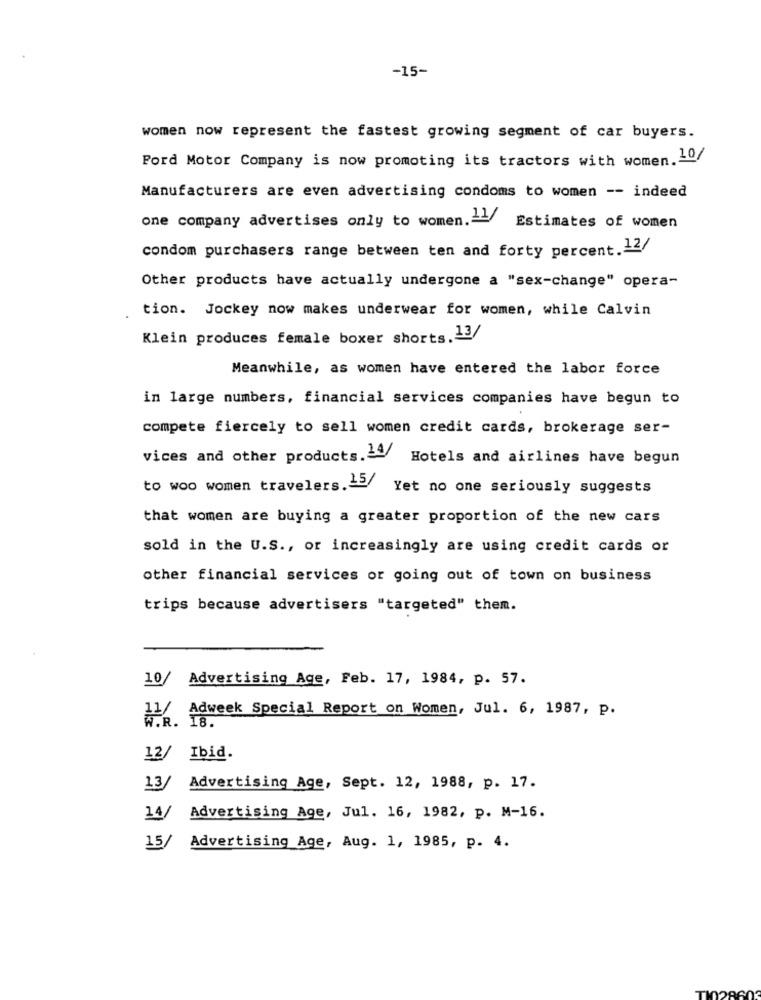
-15-
women now represent the fastest growing segment of car buyers.
Ford Motor Company is now promoting its tractors with women. 10/
Manufacturers are even advertising condoms to women -- indeed
one company advertises only to women .= Estimates of women
condom purchasers range between ten and forty percent.12/
Other products have actually undergone a "sex-change" opera-
tion. Jockey now makes underwear for women, while Calvin
Klein produces female boxer shorts.13/
Meanwhile, as women have entered the labor force
in large numbers, financial services companies have begun to
compete fiercely to sell women credit cards, brokerage ser-
vices and other products.ª Hotels and airlines have begun
to woo women travelers.45 Yet no one seriously suggests
that women are buying a greater proportion of the new cars
sold in the U.S ., or increasingly are using credit cards or
other financial services or going out of town on business
trips because advertisers "targeted" them.
10/ Advertising Age, Feb. 17, 1984, p. 57.
Adweek Special Report on Women, Jul. 6, 1987, P.
11/
W.R. 18.
12/ Ibid.
13/
Advertising Age, Sept. 12, 1988, p. 17.
14/
Advertising Age, Jul. 16, 1982, p. M-16.
15/
Advertising Age, Aug. 1, 1985, p. 4.